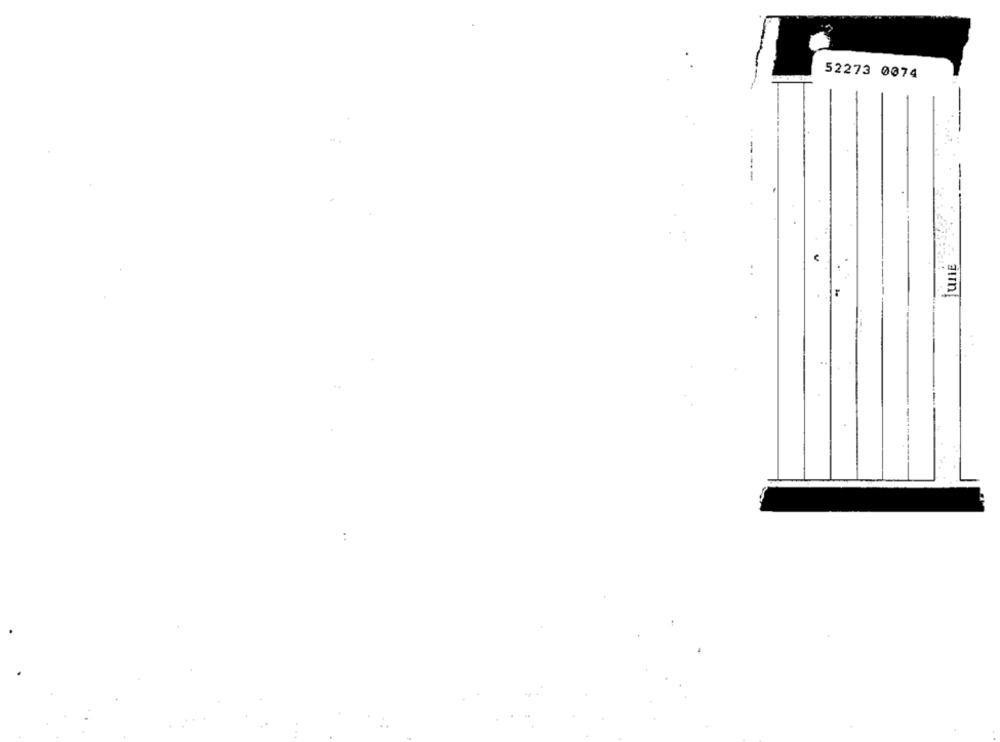
52273 0074
----